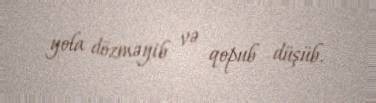
yola dözməyib və qopub düşüb.